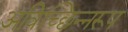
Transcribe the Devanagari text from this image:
अविच्छिन्नरूप